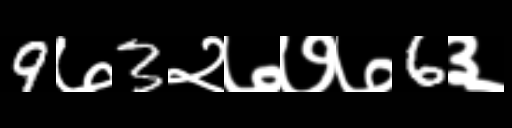
Text: 9७3२७७७6३